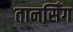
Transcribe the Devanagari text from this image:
तानसिँग